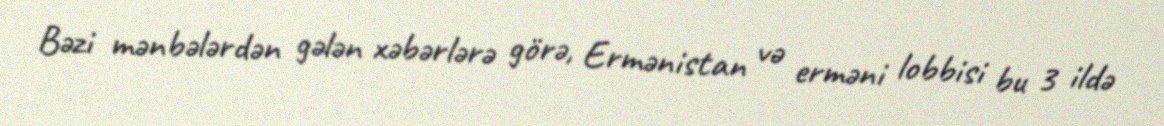
Bəzi mənbələrdən gələn xəbərlərə görə, Ermənistan və erməni lobbisi bu 3 ildə